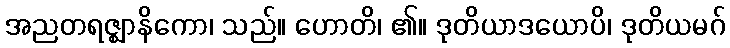
အညတရဇ္ဈာနိကော၊ သည်။ ဟောတိ၊ ၏။ ဒုတိယာဒယောပိ၊ ဒုတိယမဂ်